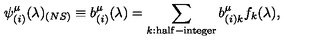
\psi _ { ( i ) } ^ { \mu } ( \lambda ) _ { ( N S ) } \equiv b _ { ( i ) } ^ { \mu } ( \lambda ) = \sum _ { k : \mathrm { \footnotesize h a l f - i n t e g e r } } b _ { ( i ) k } ^ { \mu } f _ { k } ( \lambda ) ,